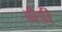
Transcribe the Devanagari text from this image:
ग्रैडी